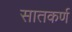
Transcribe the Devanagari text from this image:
सातकर्ण